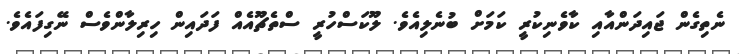
ނެތިގެން ޖައިދަންއާއި ކާވެނިކުރީ ކަމަށް ބުނެލިއެވެ. ލޫކަސްހުރީ ސްތެޗޫއެއް ފަދައިން ހިރިލާންވެސް ނޭގިފައެވެ.